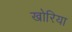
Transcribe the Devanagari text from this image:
खोरिया